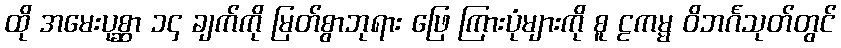
ထို အမေးပုစ္ဆာ ၁၄ ချက်ကို မြတ်စွာဘုရား ဖြေ ကြားပုံများကို စူ ဠကမ္မ ဝိဘင်္ဂသုတ်တွင်